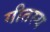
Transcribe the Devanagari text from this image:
गीतस्य